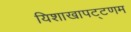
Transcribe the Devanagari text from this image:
यिशाखापट्टणम